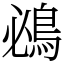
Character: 鴓